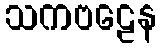
သကဗဠေန